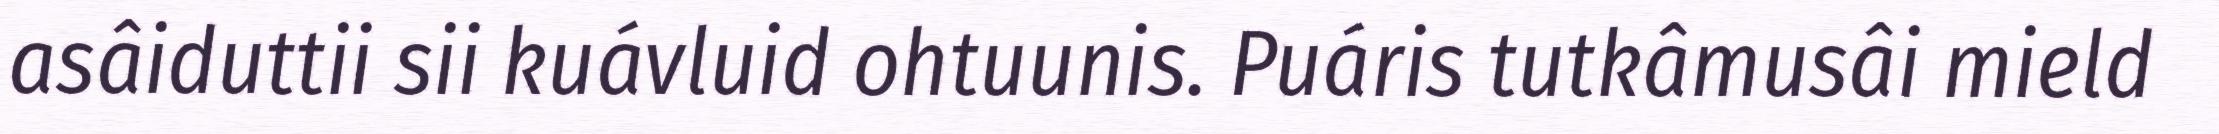
asâiduttii sii kuávluid ohtuunis. Puáris tutkâmusâi mield